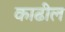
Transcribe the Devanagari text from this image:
काढील